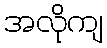
အလိုကျ